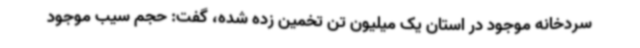
سردخانه موجود در استان یک میلیون تن تخمین زده شده، گفت: حجم سیب موجود